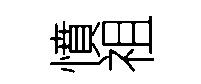
憤祖